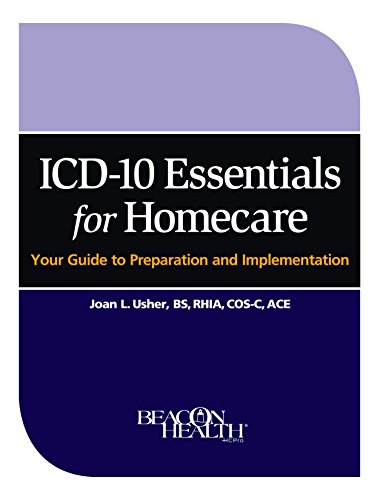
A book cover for ICD-10 Essentials for Homecare: Your Guide to Preparation and Implementation; HCPro; Medical Books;